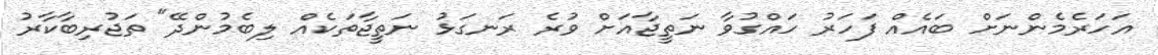
އަހަރެމެންނަށް ބައެއް ފަހަރު ހައްގުވާ ނަތީޖާއަށް ވުރެ ރަނގަޅު ނަތީޖާތަކެއް ލިބެމުންދޭ" ތަޖުރިބާކާރު